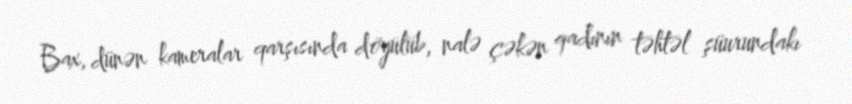
Bax, dünən kameralar qarşısında döyülüb, nalə çəkən qadının təhtəl şüurundakı